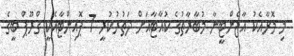
މި މޮޅާއެކު އާޖެންޓީނާ މުބާރާތުގެ ކުއާޓާއަށް ދަތުރުކުރީ 7 ޕޮއިންޓާއެކީ ގްރޫޕް ބީގެ